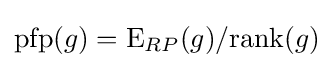
\mathrm {pfp} (g)=\mathrm {E} _{RP}(g)/\mathrm {rank} (g)